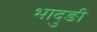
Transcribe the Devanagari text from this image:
भादुङी